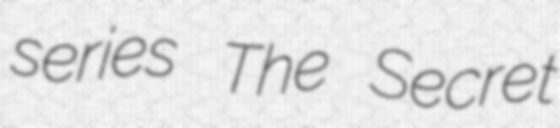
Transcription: series The Secret